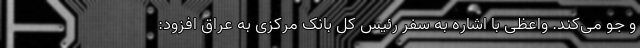
و جو می‌کند. واعظی با اشاره به سفر رئیس کل بانک مرکزی به عراق افزود: